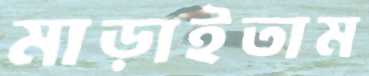
মাড়াইতাম